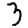
Digit: 3